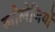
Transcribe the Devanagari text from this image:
कौलेजियों